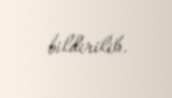
bildirilib.